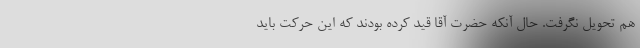
هم تحویل نگرفت. حال آنکه حضرت آقا قید کرده بودند که این حرکت باید